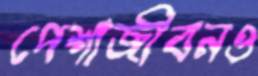
পেশাজীবনও